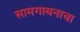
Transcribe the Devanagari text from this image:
सामगायनाचा